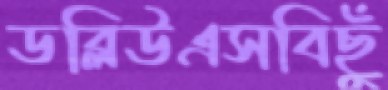
ডব্লিউএসবিছুঁ